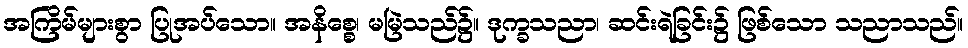
အကြိမ်များစွာ ပြုအပ်သော။ အနိစ္စေ၊ မမြဲသည်၌။ ဒုက္ခသညာ၊ ဆင်းရဲခြင်း၌ ဖြစ်သော သညာသည်။